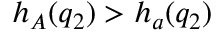
h _ { A } ( q _ { 2 } ) > h _ { a } ( q _ { 2 } )